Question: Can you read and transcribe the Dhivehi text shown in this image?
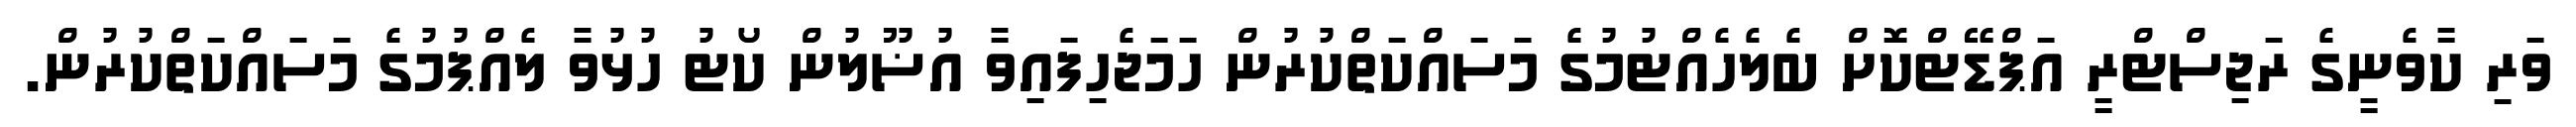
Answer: ވަރި ކާވެނީގެ ރަޖިސްޓްރީ އަޕްޑޭޓްކޮށް ބެލެހެއްޓުމުގެ މަސައްކަތްކުރުން ހަމަޖެހިފައިވާ އުޟޫލުން ކޯޓު ހުޅުވާ ލެއްޕުމުގެ މަސައްކަތްކުރުން.